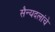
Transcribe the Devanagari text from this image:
सैन्यदलांचे